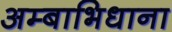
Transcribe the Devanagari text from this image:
अम्बाभिधाना